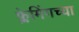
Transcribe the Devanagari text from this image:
फ्लेमिंगच्या